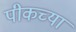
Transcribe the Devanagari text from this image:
पीकच्या